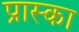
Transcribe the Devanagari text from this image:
प्रास्का